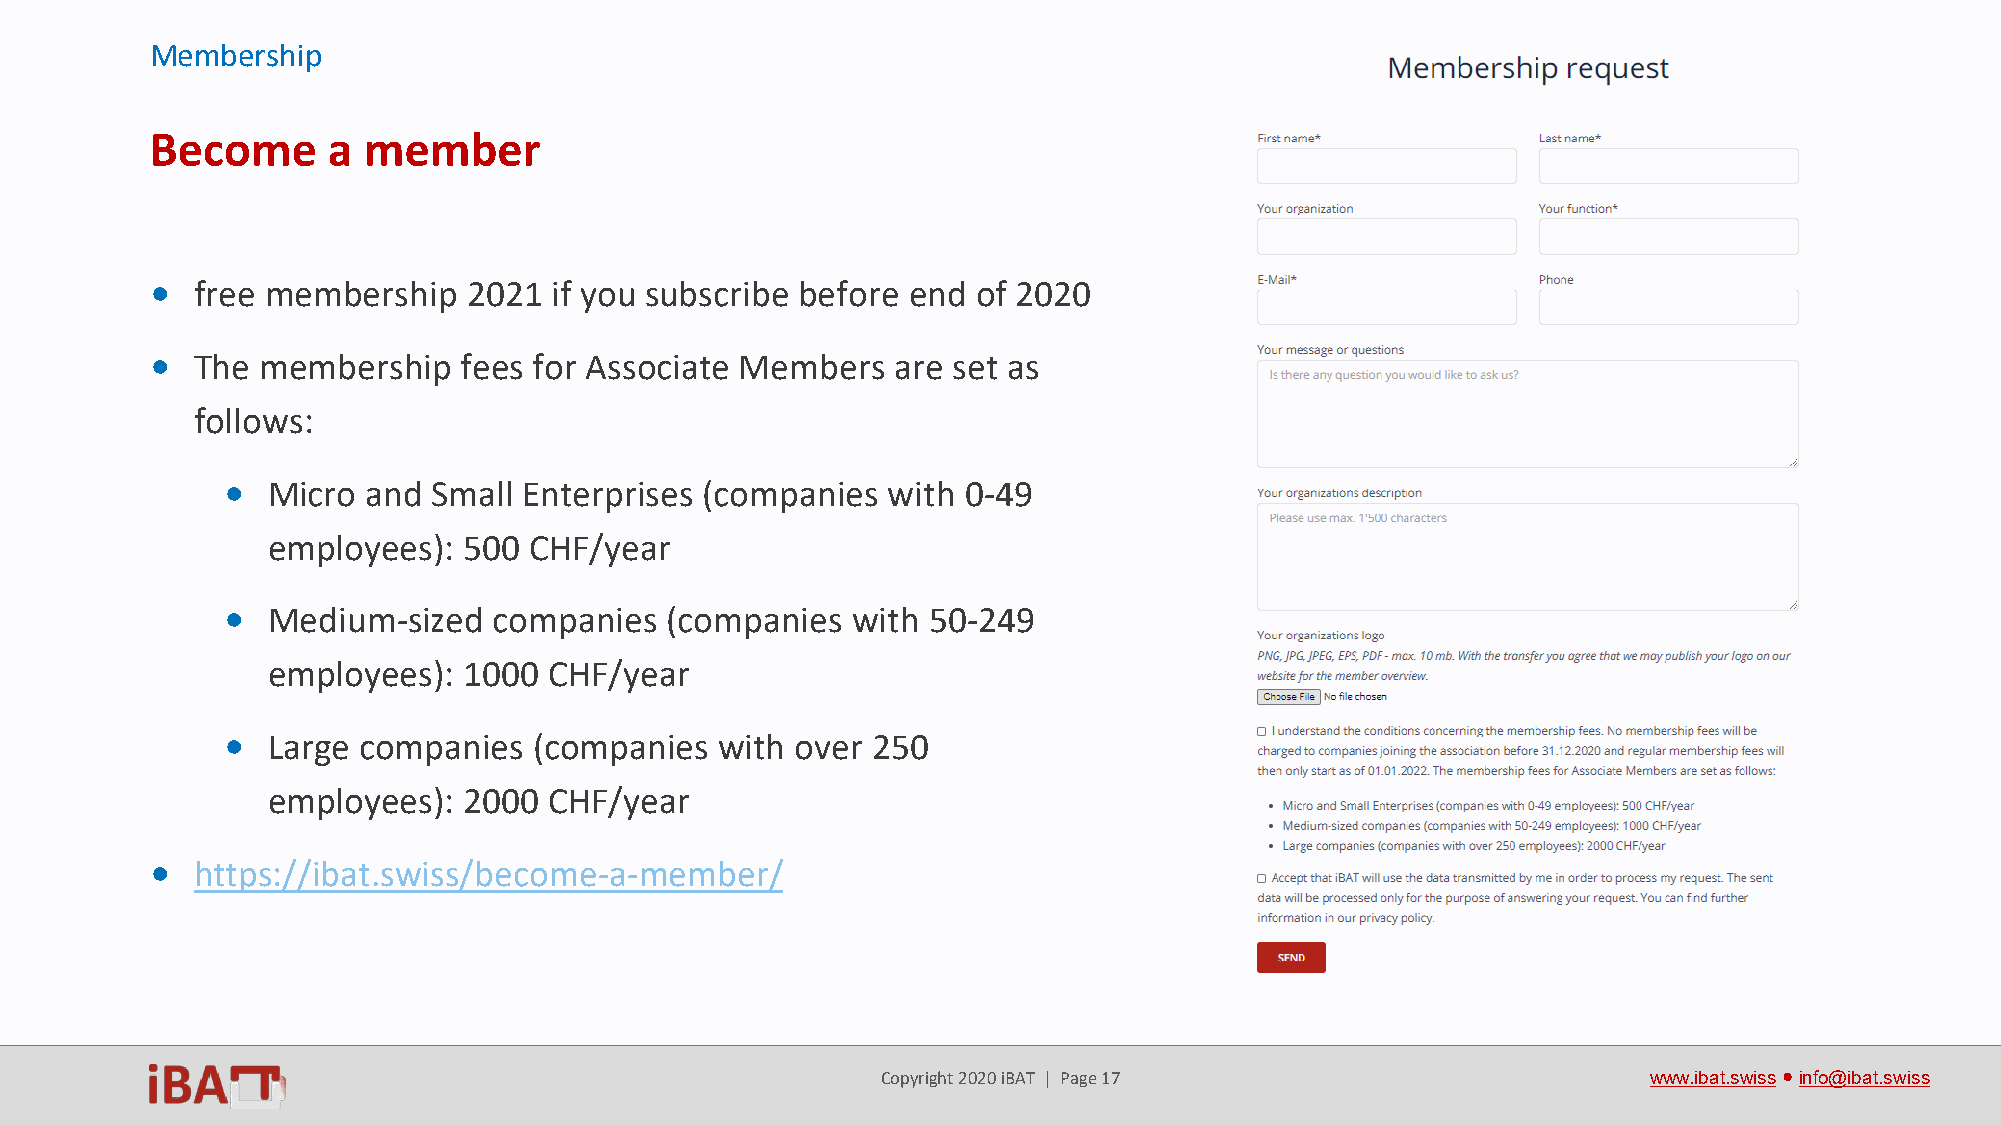
Membership
 Become      a member
 •  free membership   2021 if you subscribe before end  of 2020
 •  The membership    fees for Associate Members  are set as
 follows:
 •  Micro and  Small Enterprises (companies  with 0-49
 employees):  500 CHF/year
 •  Medium-sized   companies  (companies  with 50-249
 employees):  1000 CHF/year
 •  Large companies  (companies   with over 250
 employees):  2000 CHF/year
 •  https://ibat.swiss/become-a-member/
 Copyright 2020 iBAT | Page 17                      www.ibat.swiss●info@ibat.swiss